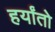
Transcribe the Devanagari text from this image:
हर्यांतो